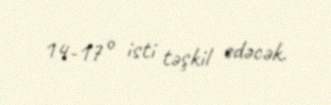
14-17° isti təşkil edəcək.